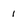
Character: 1